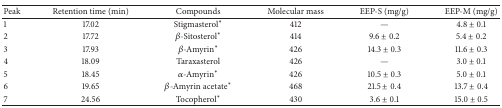
<table><thead><tr><td><b>Peak</b></td><td><b>Retention time (min)</b></td><td><b>Compounds </b></td><td><b>Molecular mass</b></td><td><b>EEP-S (mg/g)</b></td><td><b>EEP-M (mg/g) </b></td></tr></thead><tbody><tr><td>1</td><td>17.02</td><td>Stigmasterol<sup><i>∗</i></sup></td><td>412</td><td>—</td><td>4.8 ± 0.1</td></tr><tr><td>2</td><td>17.72</td><td><i>β</i>-Sitosterol<sup><i>∗</i></sup></td><td>414</td><td>9.6 ± 0.2</td><td>5.4 ± 0.2</td></tr><tr><td>3</td><td>17.93</td><td><i>β</i>-Amyrin<sup><i>∗</i></sup></td><td>426</td><td>14.3 ± 0.3</td><td>11.6 ± 0.3</td></tr><tr><td>4</td><td>18.09</td><td>Taraxasterol</td><td>426</td><td>—</td><td>3.0 ± 0.1</td></tr><tr><td>5</td><td>18.45</td><td><i>α</i>-Amyrin<sup><i>∗</i></sup></td><td>426</td><td>10.5 ± 0.3</td><td>5.0 ± 0.1</td></tr><tr><td>6</td><td>19.65</td><td><i>β</i>-Amyrin acetate<sup><i>∗</i></sup></td><td>468</td><td>21.5 ± 0.4</td><td>13.7 ± 0.4</td></tr><tr><td>7</td><td>24.56</td><td>Tocopherol<sup><i>∗</i></sup></td><td>430</td><td>3.6 ± 0.1</td><td>15.0 ± 0.5</td></tr></tbody></table>